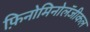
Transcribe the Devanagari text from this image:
फ़िनोमिनोलॅजीकल